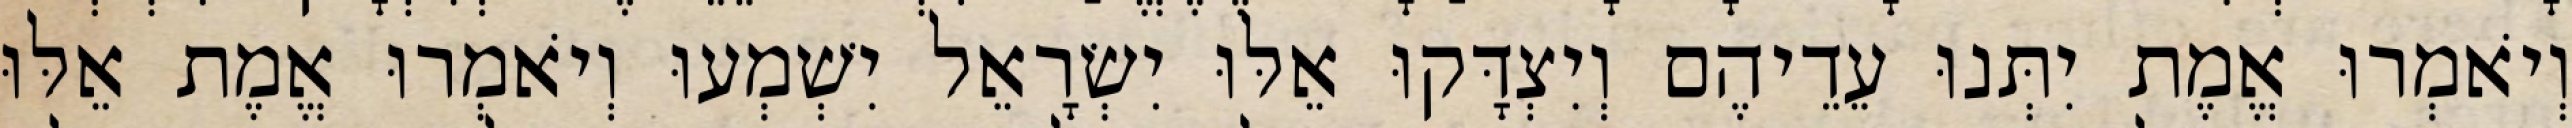
וְיֹאמְרוּ אֱמֶת יִתְּנוּ עֵדֵיהֶם וְיִצְדָּקוּ אֵלּוּ יִשְׂרָאֵל יִשְׁמְעוּ וְיֹאמְרוּ אֱמֶת אֵלּוּ